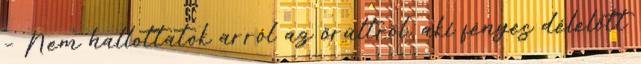
– Nem hallottatok arról az őrültről, aki fényes délelőtt